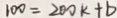
1 0 0 = 2 0 0 k + b